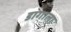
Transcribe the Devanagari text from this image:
डागाला